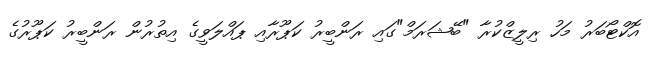
އޮކްޓޯބަރު މަހު ރިލީޒްކުރާ "ބޭޝަރަމް"ގައި ރަންބީރު ކަޕޫރާއި ޕައްލަވީގެ އިތުރުން ރަންބީރު ކަޕޫރުގެ